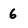
Character: 6